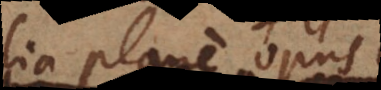
alia plane opus